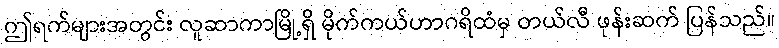
ဤရက်များအတွင်း လူဆာကာမြို့ရှိ မိုက်ကယ်ဟာဂရိထံမှ တယ်လီ ဖုန်းဆက် ပြန်သည်။